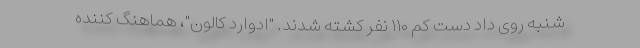
شنبه روی داد دست کم ۱۱۰ نفر کشته شدند. "ادوارد کالون"، هماهنگ کننده